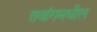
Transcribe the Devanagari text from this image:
तवांगमधील